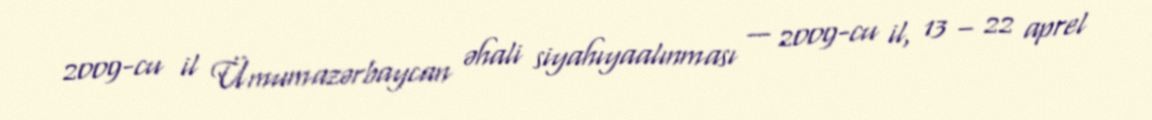
2009-cu il Ümumazərbaycan əhali siyahıyaalınması — 2009-cu il, 13 – 22 aprel